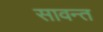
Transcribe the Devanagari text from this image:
सावन्‍त